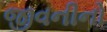
જીવનીનો